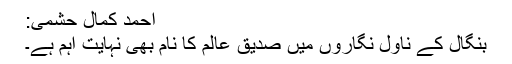
احمد کمال حشمی:
بنگال کے ناول نگاروں میں صدیق عالم کا نام بھی نہایت اہم ہے۔